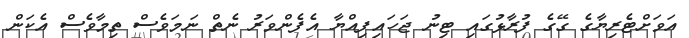
އަވަށްޓެރިޔާގެ ގޭގެ ފުރާޅުގައި ޓިނު ޖަހައިފިއްޔާ އެފެންވަރު ނެތް ނަމަވެސް ތިމާވެސް އެކަން